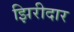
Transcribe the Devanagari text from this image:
झिरीदार